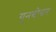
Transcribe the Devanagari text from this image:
गुनबोवर